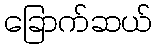
ခြောက်ဆယ်